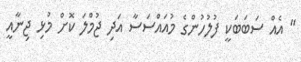
" އެއް ސަބަބަކީ ފުލުހުންގެ މުއައްސަސާ އަދި ޖުމްލަ ކޮށް މުޅި ޖިނާއީ